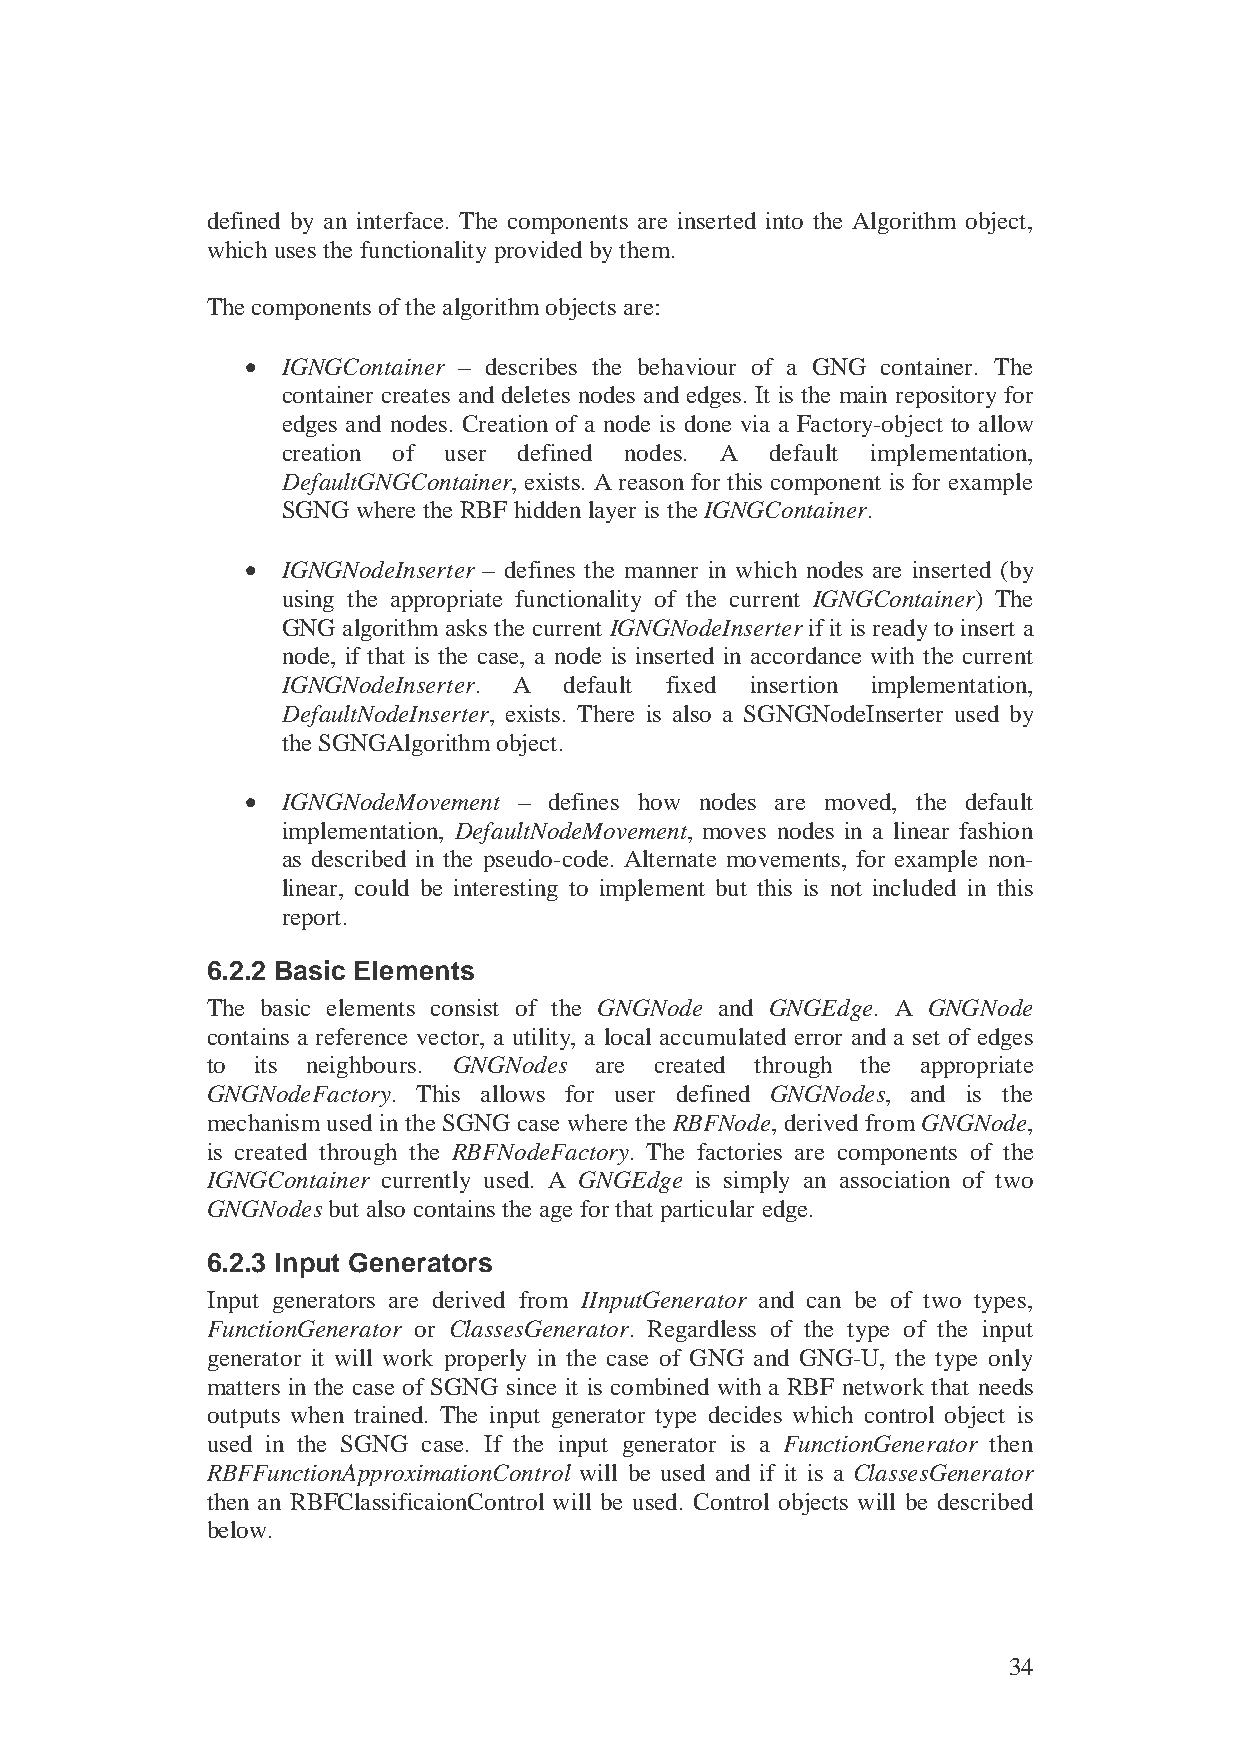
defined by an interface. The components are inserted into the Algorithm object,
 which uses the functionality provided by them.
 The components of the algorithm objects are:
 •  IGNGContainer – describes the behaviour of a GNG container. The
 container creates and deletes nodes and edges. It is the main repository for
 edges and nodes. Creation of a node is done via a Factory-object to allow
 creation of user defined nodes. A default implementation,
 DefaultGNGContainer, exists. A reason for this component is for example
 SGNG where the RBF hidden layer is the IGNGContainer.
 •  IGNGNodeInserter – defines the manner in which nodes are inserted (by
 using the appropriate functionality of the current IGNGContainer) The
 GNG algorithm asks the current IGNGNodeInserter if it is ready to insert a
 node, if that is the case, a node is inserted in accordance with the current
 IGNGNodeInserter. A default fixed insertion implementation,
 DefaultNodeInserter, exists. There is also a SGNGNodeInserter used by
 the SGNGAlgorithm object.
 •  IGNGNodeMovement – defines how nodes are moved, the default
 implementation, DefaultNodeMovement, moves nodes in a linear fashion
 as described in the pseudo-code. Alternate movements, for example non-
 linear, could be interesting to implement but this is not included in this
 report.
 6.2.2 Basic Elements
 The basic elements consist of the GNGNode and GNGEdge. A GNGNode
 contains a reference vector, a utility, a local accumulated error and a set of edges
 to its neighbours. GNGNodes are created through the appropriate
 GNGNodeFactory. This allows for user defined GNGNodes, and is the
 mechanism used in the SGNG case where the RBFNode, derived from GNGNode,
 is created through the RBFNodeFactory. The factories are components of the
 IGNGContainer currently used. A GNGEdge is simply an association of two
 GNGNodes but also contains the age for that particular edge.
 6.2.3 Input Generators
 Input generators are derived from IInputGenerator and can be of two types,
 FunctionGenerator or ClassesGenerator. Regardless of the type of the input
 generator it will work properly in the case of GNG and GNG-U, the type only
 matters in the case of SGNG since it is combined with a RBF network that needs
 outputs when trained. The input generator type decides which control object is
 used in the SGNG case. If the input generator is a FunctionGenerator then
 RBFFunctionApproximationControl will be used and if it is a ClassesGenerator
 then an RBFClassificaionControl will be used. Control objects will be described
 below.
 34